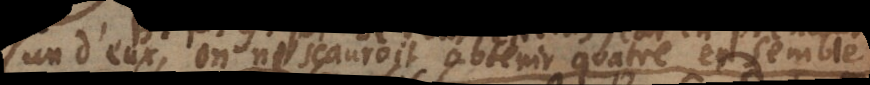
un d’eux, on ne sçauroit obtenir quatre ensemble.